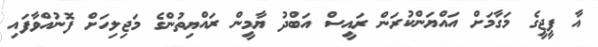
އާ ޕީޖީގެ މަގާމަށް އައްޔަންކުރަން ރައީސް އަބްދު ޔާމީން ރައްޔިތުންގެ މަޖިލިހަށް ފޮނުއްވާފައި